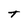
Character: T